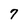
Character: 7